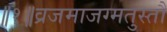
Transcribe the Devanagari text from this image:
॥१॥व्रजमाजग्मतुस्तौ